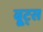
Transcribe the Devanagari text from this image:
बू्ट्स